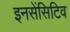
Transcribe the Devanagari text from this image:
इनसेंसिटिव